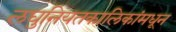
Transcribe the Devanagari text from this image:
लघुनियतकालिकांमधून